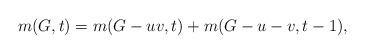
LaTeX: \begin{align*}m(G,t)=m(G-uv,t)+m(G-u-v,t-1),\end{align*}